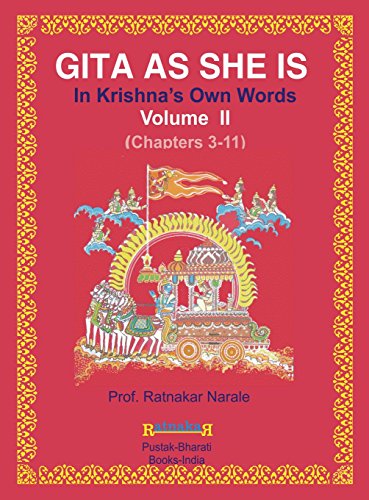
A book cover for Gita as She Is, in Krishna's Own Words, Book II; Ratnakar Narale; Religion & Spirituality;